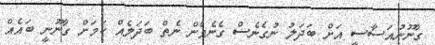
ގާނޫނުއަސާސީ އަށް ބަދަލު ނުގެނެސް ގެނެވެން ނެތް ބަދަލެއް ކަމަށް ގާނޫނީ ބައެއް